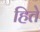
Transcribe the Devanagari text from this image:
हिते